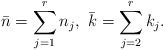
\begin{align*}\bar{n}=\sum_{j=1}^{r}n_{j},\thinspace\thinspace\bar{k}=\sum_{j=2}^{r}k_{j}.\end{align*}